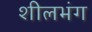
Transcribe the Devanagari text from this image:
शीलभंग